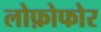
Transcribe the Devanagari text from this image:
लोफ़ोफोर